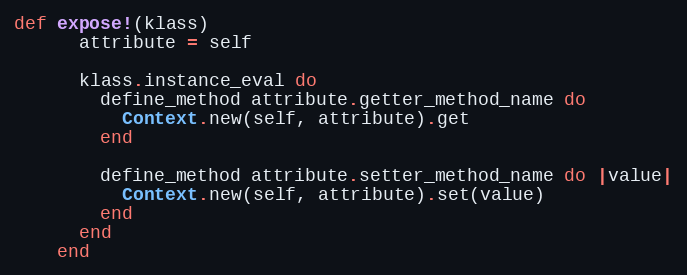
Language: Ruby
def expose!(klass)
      attribute = self

      klass.instance_eval do
        define_method attribute.getter_method_name do
          Context.new(self, attribute).get
        end

        define_method attribute.setter_method_name do |value|
          Context.new(self, attribute).set(value)
        end
      end
    end